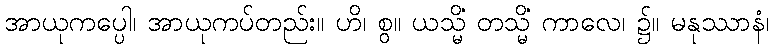
အာယုကပ္ပေါ၊ အာယုကပ်တည်း။ ဟိ၊ စွ။ ယသ္မိံ တသ္မိံ ကာလေ၊ ၌။ မနုဿာနံ၊